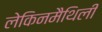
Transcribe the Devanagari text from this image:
लेकिनमैथिली